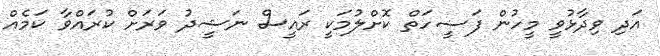
އަދި ވިދާޅުވީ މީހުން ފަޟީހަތް ކޮށްލުމަކީ ރައީސް ނަޝީދު ވަރަށް ކުރައްވާ ކަމެއް